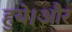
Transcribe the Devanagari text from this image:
हुये।और